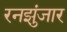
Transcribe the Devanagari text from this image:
रनझुंजार